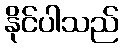
နိုင်ပါသည်